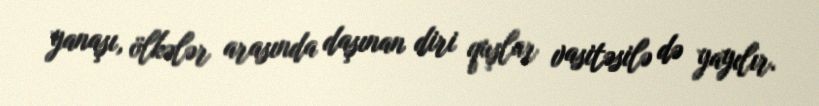
yanaşı, ölkələr arasında daşınan diri quşlar vasitəsilə də yayılır.